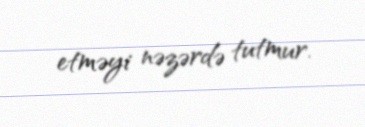
etməyi nəzərdə tutmur.